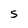
Character: S